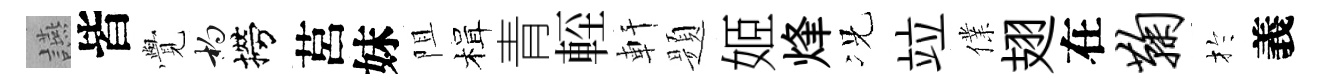
讌皆𮗜杓撈莒妹阻楫青䡖軒题姬烽况竝㒒翅在鞠扵義